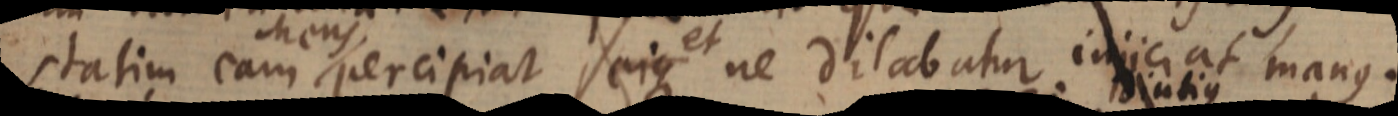
statim eam Mens percipiat, ejus et ne dilabatur injiciat manus.